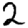
Digit: 2